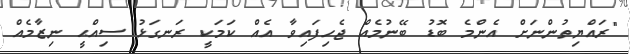
"ރައްޔިތުންނަށް އެންމެ ބޮޑު ބޭނުމެއް ޖެހިފައިވާ އެއް ކަމަކީ ރަނގަޅު ސިއްޙީ ނިޒާމެއް